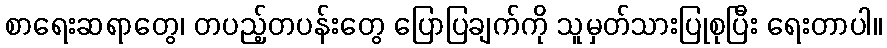
စာရေးဆရာတွေ၊ တပည့်တပန်းတွေ ပြောပြချက်ကို သူမှတ်သားပြုစုပြီး ရေးတာပါ။